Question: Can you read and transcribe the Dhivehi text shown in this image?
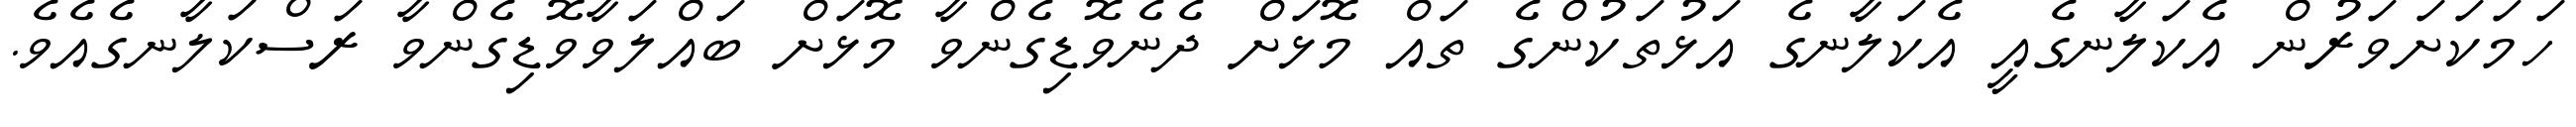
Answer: ހަމަކަށަވަރުން އެކަލާނގެއީ އެކަލާނގެ އަޅުތަކުންގެ ތައް މޮޅަށް ދެނެވޮޑިގެންވާ މޮޅަށް ބައްލަވާވޮޑިގެންވާ ރަސްކަލާނގެއެވެ.